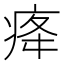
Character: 𤵸